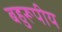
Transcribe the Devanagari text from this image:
बहुरूपीय